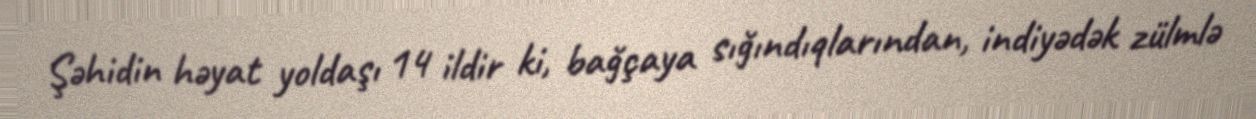
Şəhidin həyat yoldaşı 14 ildir ki, bağçaya sığındıqlarından, indiyədək zülmlə